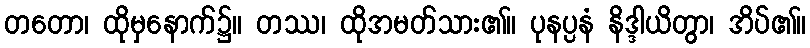
တတော၊ ထိုမှနောက်၌။ တဿ၊ ထိုအမတ်သား၏။ ပုနပ္ပနံ နိဒ္ဒါယိတွာ၊ အိပ်၏။